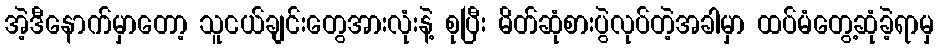
အဲ့ဒီနောက်မှာတော့ သူငယ်ချင်းတွေအားလုံးနဲ့ စုပြီး မိတ်ဆုံစားပွဲလုပ်တဲ့အခါမှာ ထပ်မံတွေ့ဆုံခဲ့ရာမှ